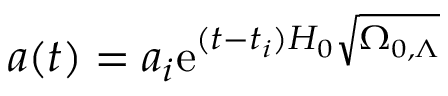
a ( t ) = a _ { i } \mathrm { e } ^ { ( t - t _ { i } ) H _ { 0 } { \sqrt { \Omega _ { 0 , \Lambda } } } }